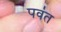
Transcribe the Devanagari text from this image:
पव॑त